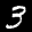
Label: 3